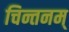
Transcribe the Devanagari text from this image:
चिन्तनम्